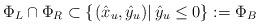
LaTeX: \begin{align*} {\Phi _L} \cap {\Phi _R} \subset \left\{ {\left. {\left( {{{\hat x}_u},{{\hat y}_u}} \right)} \right|{{\hat y}_u} \le 0} \right\}: = {\Phi _B}\end{align*}